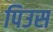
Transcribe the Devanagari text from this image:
पिउस